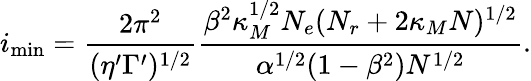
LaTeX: i_{\mathrm{min}}=\frac{2\pi^{2}}{(\eta^{\prime}\Gamma^{\prime})^{1/2}}\frac{\beta^{2}\kappa_{M}^{1/2}N_{e}(N_{r}+2\kappa_{M}N)^{1/2}}{\alpha^{1/2}(1-\beta^{2})N^{1/2}}.